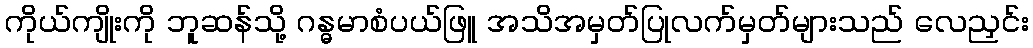
ကိုယ်ကျိုးကို ဘူဆန်သို့ ဂန္ဓမာစံပယ်ဖြူ အသိအမှတ်ပြုလက်မှတ်များသည် လေညှင်း